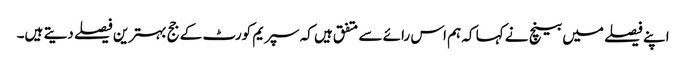
اپنے فیصلے میں بینچ نے کہا کہ ہم اس رائے سے متفق ہیں کہ سپریم کورٹ کے جج بہترین فیصلے دیتے ہیں۔